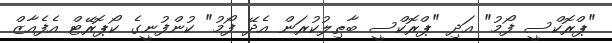
"ޕްރޮކްސީ ފޯމު" އަދި "ޕްރޮކްސީ ބާޠިލުކުރަން އެދޭ ފޯމު" ކުންފުނީގެ ކޯޕޮރޭޓް އެފެއާޒް